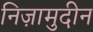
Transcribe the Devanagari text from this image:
निज़ामुदीन